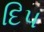
દિપ